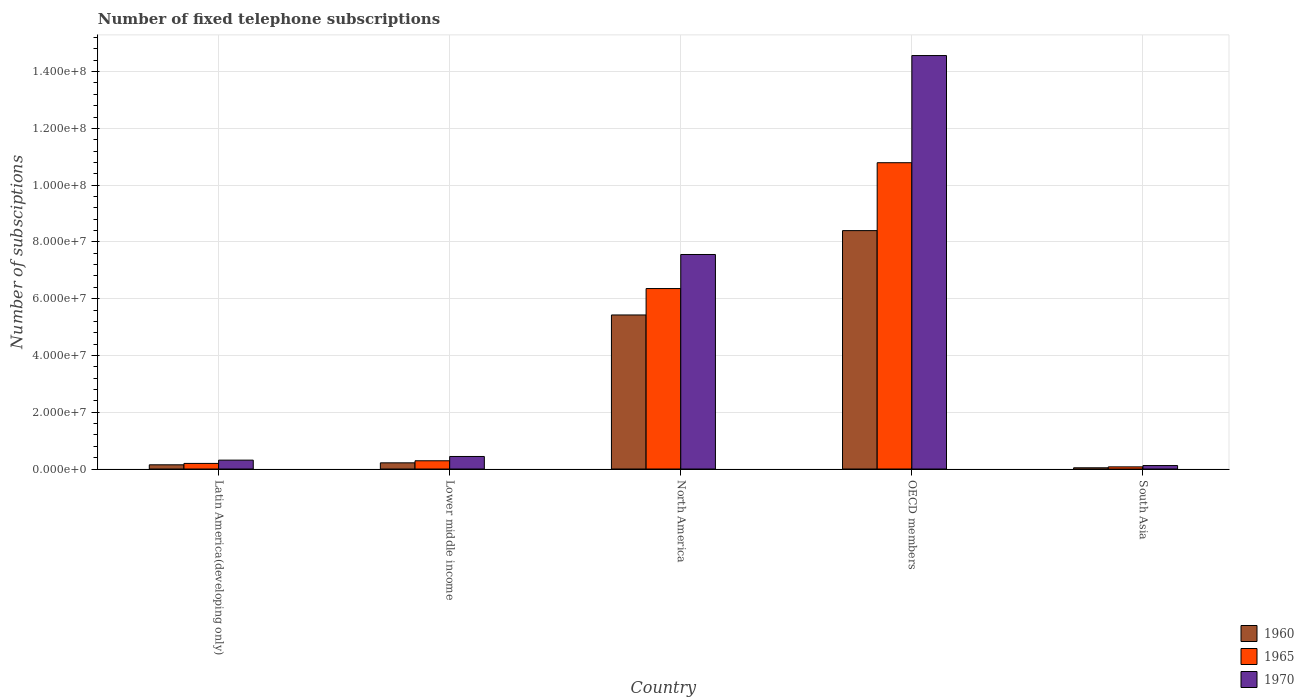
| Country | 1960 | 1965 | 1970 |
 | --- | --- | --- | --- |
 | Latin America(developing only) | 1.48e+06 | 1.97e+06 | 3.13e+06 |
 | Lower middle income | 2.17e+06 | 2.9e+06 | 4.42e+06 |
 | North America | 5.43e+07 | 6.36e+07 | 7.56e+07 |
 | OECD members | 8.4e+07 | 1.08e+08 | 1.46e+08 |
 | South Asia | 4.3e+05 | 7.57e+05 | 1.22e+06 |